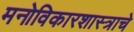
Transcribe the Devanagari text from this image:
मनोविकारशास्त्राचे